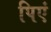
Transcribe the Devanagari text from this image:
पिएं